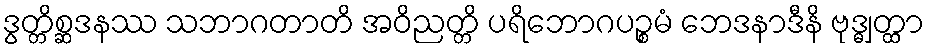
ဒွတ္တိစ္ဆဒနဿ သဘာဂတာတိ အဝိညတ္တိ ပရိဘောဂပဉ္စမံ ဘေဒနာဒီနိ ဗုဒ္ဓျတ္ထာ